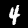
Digit: 4